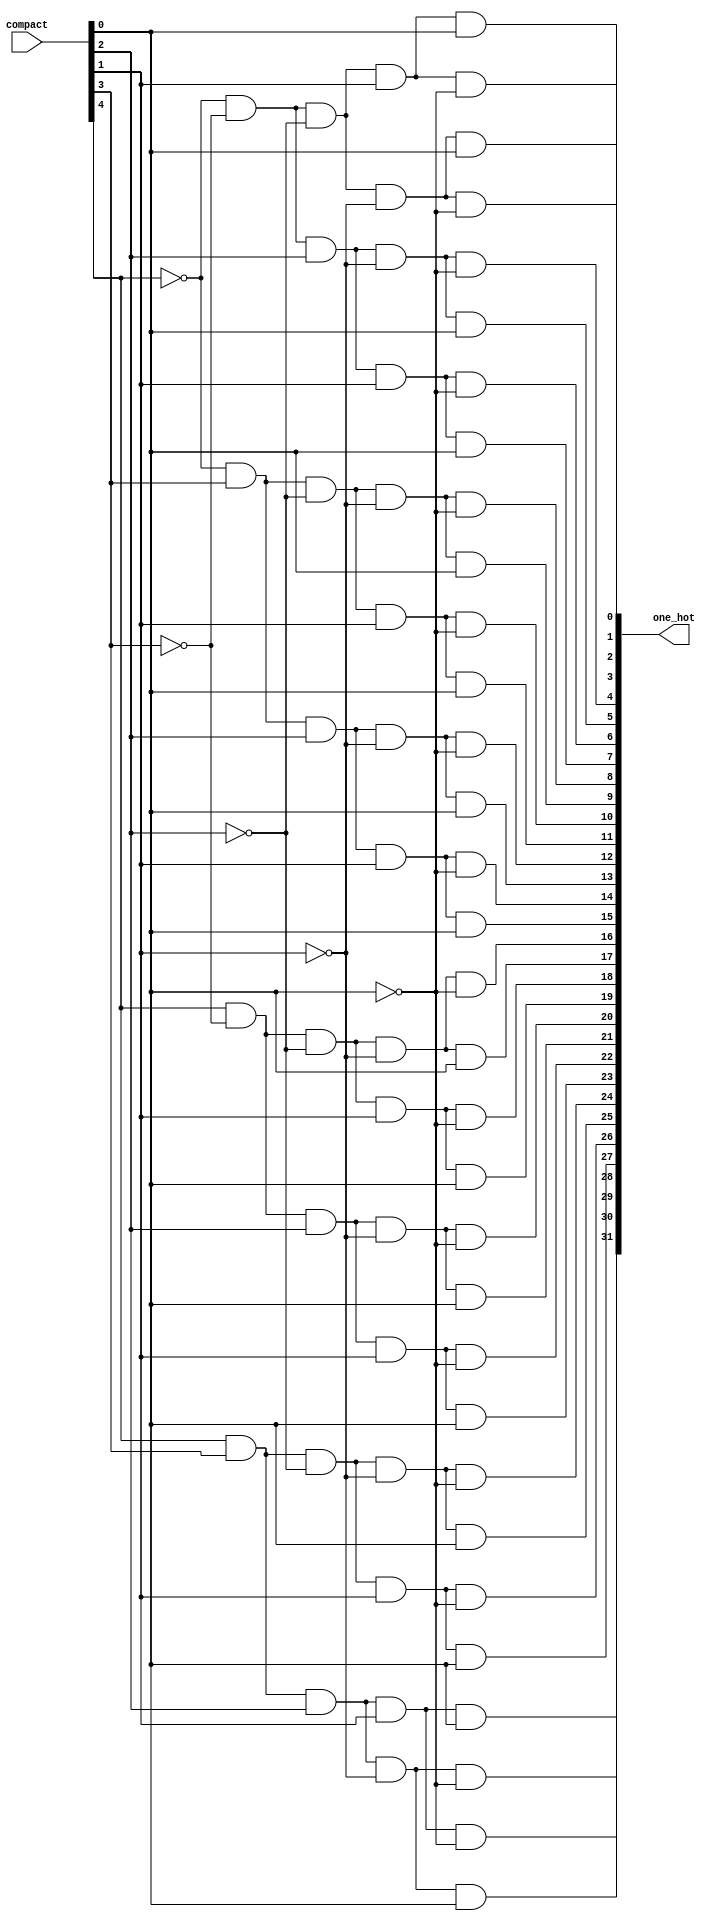
// This is a stupid and ugly five-bit decoder
module decoder_32bits(compact, one_hot);
	input[4:0] compact;
	output[31:0] one_hot;
	assign one_hot[0] = (~compact[4]) & (~compact[3]) & (~compact[2]) & (~compact[1]) & (~compact[0]);
	assign one_hot[1] = (~compact[4]) & (~compact[3]) & (~compact[2]) & (~compact[1]) & (compact[0]);
	assign one_hot[2] = (~compact[4]) & (~compact[3]) & (~compact[2]) & (compact[1]) & (~compact[0]);
	assign one_hot[3] = (~compact[4]) & (~compact[3]) & (~compact[2]) & (compact[1]) & (compact[0]);
	assign one_hot[4] = (~compact[4]) & (~compact[3]) & (compact[2]) & (~compact[1]) & (~compact[0]);
	assign one_hot[5] = (~compact[4]) & (~compact[3]) & (compact[2]) & (~compact[1]) & (compact[0]);
	assign one_hot[6] = (~compact[4]) & (~compact[3]) & (compact[2]) & (compact[1]) & (~compact[0]);
	assign one_hot[7] = (~compact[4]) & (~compact[3]) & (compact[2]) & (compact[1]) & (compact[0]);
	assign one_hot[8] = (~compact[4]) & (compact[3]) & (~compact[2]) & (~compact[1]) & (~compact[0]);
	assign one_hot[9] = (~compact[4]) & (compact[3]) & (~compact[2]) & (~compact[1]) & (compact[0]);
	assign one_hot[10] = (~compact[4]) & (compact[3]) & (~compact[2]) & (compact[1]) & (~compact[0]);
	assign one_hot[11] = (~compact[4]) & (compact[3]) & (~compact[2]) & (compact[1]) & (compact[0]);
	assign one_hot[12] = (~compact[4]) & (compact[3]) & (compact[2]) & (~compact[1]) & (~compact[0]);
	assign one_hot[13] = (~compact[4]) & (compact[3]) & (compact[2]) & (~compact[1]) & (compact[0]);
	assign one_hot[14] = (~compact[4]) & (compact[3]) & (compact[2]) & (compact[1]) & (~compact[0]);
	assign one_hot[15] = (~compact[4]) & (compact[3]) & (compact[2]) & (compact[1]) & (compact[0]);
	assign one_hot[16] = (compact[4]) & (~compact[3]) & (~compact[2]) & (~compact[1]) & (~compact[0]);
	assign one_hot[17] = (compact[4]) & (~compact[3]) & (~compact[2]) & (~compact[1]) & (compact[0]);
	assign one_hot[18] = (compact[4]) & (~compact[3]) & (~compact[2]) & (compact[1]) & (~compact[0]);
	assign one_hot[19] = (compact[4]) & (~compact[3]) & (~compact[2]) & (compact[1]) & (compact[0]);
	assign one_hot[20] = (compact[4]) & (~compact[3]) & (compact[2]) & (~compact[1]) & (~compact[0]);
	assign one_hot[21] = (compact[4]) & (~compact[3]) & (compact[2]) & (~compact[1]) & (compact[0]);
	assign one_hot[22] = (compact[4]) & (~compact[3]) & (compact[2]) & (compact[1]) & (~compact[0]);
	assign one_hot[23] = (compact[4]) & (~compact[3]) & (compact[2]) & (compact[1]) & (compact[0]);
	assign one_hot[24] = (compact[4]) & (compact[3]) & (~compact[2]) & (~compact[1]) & (~compact[0]);
	assign one_hot[25] = (compact[4]) & (compact[3]) & (~compact[2]) & (~compact[1]) & (compact[0]);
	assign one_hot[26] = (compact[4]) & (compact[3]) & (~compact[2]) & (compact[1]) & (~compact[0]);
	assign one_hot[27] = (compact[4]) & (compact[3]) & (~compact[2]) & (compact[1]) & (compact[0]);
	assign one_hot[28] = (compact[4]) & (compact[3]) & (compact[2]) & (~compact[1]) & (~compact[0]);
	assign one_hot[29] = (compact[4]) & (compact[3]) & (compact[2]) & (~compact[1]) & (compact[0]);
	assign one_hot[30] = (compact[4]) & (compact[3]) & (compact[2]) & (compact[1]) & (~compact[0]);
	assign one_hot[31] = (compact[4]) & (compact[3]) & (compact[2]) & (compact[1]) & (compact[0]);
endmodule